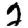
Digit: 2